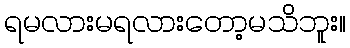
ရမလားမရလားတော့မသိဘူး။